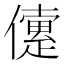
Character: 𠐑